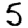
Digit: 5